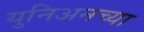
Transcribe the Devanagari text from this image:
युनिअनच्या